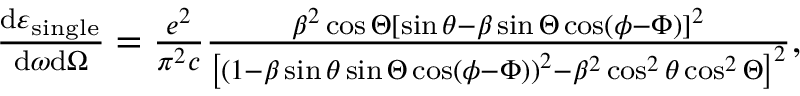
\begin{array} { r } { \frac { \mathrm { d } \varepsilon _ { \mathrm { s i n g l e } } } { \mathrm { d } \omega \mathrm { d } \Omega } = \frac { e ^ { 2 } } { \pi ^ { 2 } c } \frac { \beta ^ { 2 } \cos \Theta \left[ \sin \theta - \beta \sin \Theta \cos \left( \phi - \Phi \right) \right] ^ { 2 } } { \left[ \left( 1 - \beta \sin \theta \sin \Theta \cos \left( \phi - \Phi \right) \right) ^ { 2 } - \beta ^ { 2 } \cos ^ { 2 } \theta \cos ^ { 2 } \Theta \right] ^ { 2 } } , } \end{array}